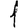
Digit: 1